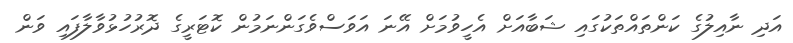
އަދި ނާއިލުގެ ކަންތައްތަކުގައި ޝަބާއަށް އެހީވުމަށް އޭނަ އަވަސްވެގަންނަމުން ކޮޓަރީގެ ދޮރުހުޅުވާލާފައި ވަން